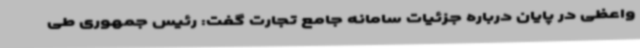
واعظی در پایان درباره جزئیات سامانه جامع تجارت گفت: رئیس جمهوری طی